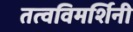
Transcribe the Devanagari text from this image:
तत्वविमर्शिनी